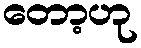
တော့ဟု